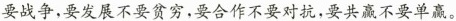
要战争，要发展不要贫穷，要合作不要对抗，要共赢不要单赢。